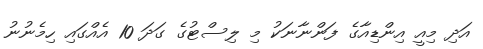
އަދި މިއީ އިންޑިއާގެ ފަންނާނަކު މި ލިސްޓުގެ ގަދަ 10 އެއްގައި ހިމެނުނު